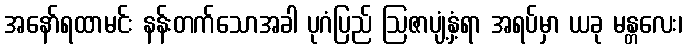
အနော်ရထာမင်း နန်းတက်သောအခါ ပုဂံပြည် ဩဇာပျံ့နှံ့ရာ အရပ်မှာ ယခု မန္တလေး၊